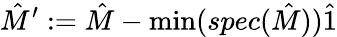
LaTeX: {\hat{M}}^{\prime}:={\hat{M}}-\operatorname*{min}(spec({\hat{M}})){\hat{1}}